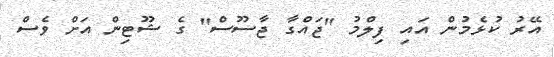
އޭރު ކުޅެމުން އައި ފިލްމު "ޖައްގާ ޖާސޫސް" ގެ ޝޫޓިން އަށް ވެސް